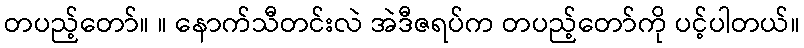
တပည့်တော်။ ။ နောက်သီတင်းလဲ အဲဒီဇရပ်က တပည့်တော်ကို ပင့်ပါတယ်။